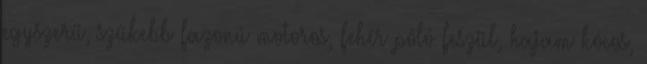
egyszerű, szűkebb fazonú motoros, fehér póló feszül, hajam kócos,